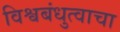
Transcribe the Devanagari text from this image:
विश्वबंधुत्वाचा